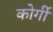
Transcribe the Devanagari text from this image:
कोर्गी